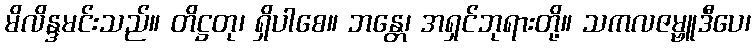
မိလိန္ဒမင်းသည်။ တိဋ္ဌတု၊ ရှိပါစေ။ ဘန္တေ၊ အရှင်ဘုရားတို့။ သကလဇမ္ဗူဒီပေ၊